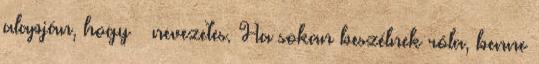
alapján, hogy – nevezetes. Ha sokan beszélnek róla, benne